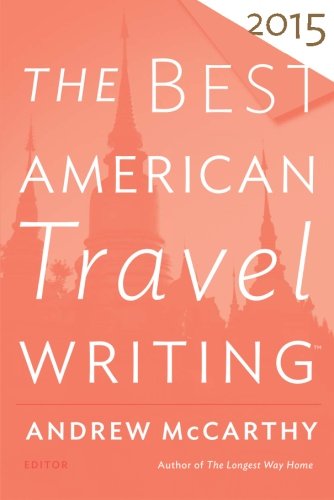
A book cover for The Best American Travel Writing 2015; Literature & Fiction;